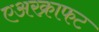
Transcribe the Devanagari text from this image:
एअरक्राफट